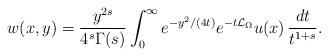
LaTeX: \begin{align*}w(x,y)=\frac{y^{2s}}{4^s\Gamma(s)}\int_{0}^{\infty}e^{-y^{2}/(4t)}e^{-t\mathcal{L}_{\Omega}}u(x)\,\frac{dt}{t^{1+s}}.\end{align*}